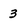
Character: 3